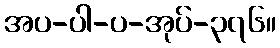
အပ-ပါ-ပ-အုပ်-၃၇၆။